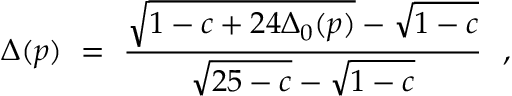
\Delta ( p ) ~ = ~ \frac { \sqrt { 1 - c + 2 4 \Delta _ { 0 } ( p ) } - \sqrt { 1 - c } } { \sqrt { 2 5 - c } - \sqrt { 1 - c } } ~ ~ ,